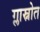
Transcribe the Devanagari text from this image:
ग्लास्नोत